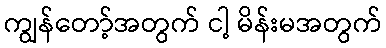
ကျွန်တော့်အတွက် ငါ့ မိန်းမအတွက်